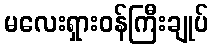
မလေးရှားဝန်ကြီးချုပ်